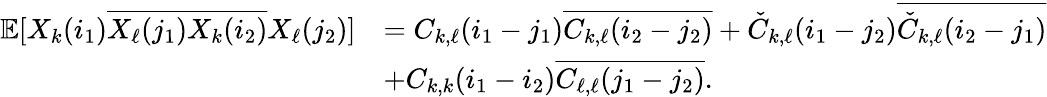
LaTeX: \begin{array}{rl}{\mathbb E[X_{k}(i_{1})\overline{{X_{\ell}(j_{1})X_{k}(i_{2})}}X_{\ell}(j_{2})]}&{=C_{k,\ell}(i_{1}-j_{1})\overline{{C_{k,\ell}(i_{2}-j_{2})}}+\check{C}_{k,\ell}(i_{1}-j_{2})\overline{{\check{C}_{k,\ell}(i_{2}-j_{1})}}}\\ &{+C_{k,k}(i_{1}-i_{2})\overline{{C_{\ell,\ell}(j_{1}-j_{2})}}.}\end{array}